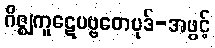
ဂိဇ္ဈကူဋေပဗ္ဗတေပုဒ်-အဖွင့်